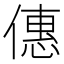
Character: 僡